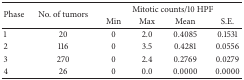
<table><thead><tr><td rowspan="2"><b>Phase</b></td><td rowspan="2"><b>No. of tumors</b></td><td colspan="4"><b>Mitotic counts/10 HPF</b></td></tr><tr><td><b>Min</b></td><td><b>Max</b></td><td><b>Mean</b></td><td><b>S.E.</b></td></tr></thead><tbody><tr><td>1</td><td>20</td><td>0</td><td>2.0</td><td>0.4085</td><td>0.1531</td></tr><tr><td>2</td><td>116</td><td>0</td><td>3.5</td><td>0.4281</td><td>0.0556</td></tr><tr><td>3</td><td>270</td><td>0</td><td>2.4</td><td>0.2769</td><td>0.0279</td></tr><tr><td>4</td><td>26</td><td>0</td><td>0.0</td><td>0.0000</td><td>0.0000</td></tr></tbody></table>